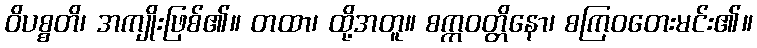
ဝိပစ္စတိ၊ အကျိုးဖြစ်၏။ တထာ၊ ထို့အတူ။ စက္ကဝတ္တိနော၊ စကြဝတေးမင်း၏။